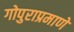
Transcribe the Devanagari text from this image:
गोपुराप्रमाणे